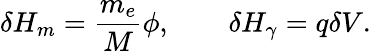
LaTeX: \delta H_{m}=\frac{m_{e}}{M}\phi,\quad\quad\delta H_{\gamma}=q\delta V.